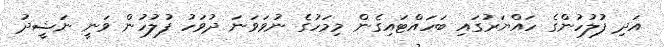
އަދި ފުލުހުންގެ ހައްޔަރުގައި ބަހައްޓައިގެން މިމަހުގެ ނުވަވަނަ ދުވަހު ފުލުހުން ވަނީ ނަޝީދު